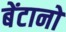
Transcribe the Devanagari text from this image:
बेंटानो